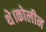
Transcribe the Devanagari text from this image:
थे।कोलीन